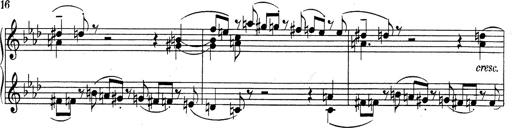
Title: Weinen, Klagen, Sorgen, Zagen
Composer: Franz Liszt